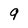
Character: 9